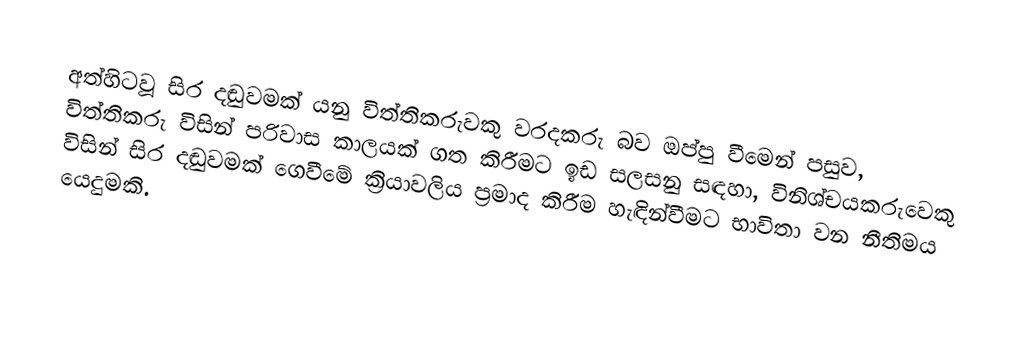
අත්හිටවූ සිර දඬුවමක් යනු විත්තිකරුවකු වරදකරු බව ඔප්පු වීමෙන් පසුව, විත්තිකරු විසින්  පරිවාස කාලයක් ගත කිරීමට ඉඩ සලසනු සඳහා,   විනිශ්චයකරුවෙකු විසින්   සිර දඬුවමක් ගෙවීමේ ක්‍රියාවලිය ප්‍රමාද කිරීම හැඳින්වීමට භාවිතා වන නීතිමය යෙදුමකි.